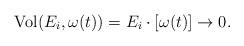
LaTeX: \begin{align*} \mathrm{Vol}(E_i,\omega(t)) = E_i \cdot [\omega(t)] \to 0.\end{align*}